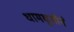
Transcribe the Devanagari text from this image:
धामधुमीने